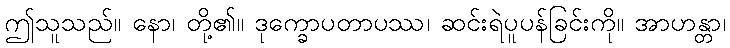
ဤသူသည်။ နော၊ တို့၏။ ဒုက္ခောပတာပဿ၊ ဆင်းရဲပူပန်ခြင်းကို။ အာဟန္တာ၊